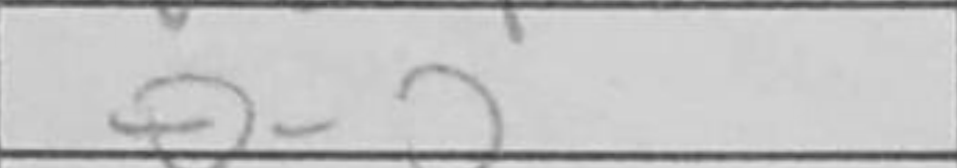
Transcription: O-O